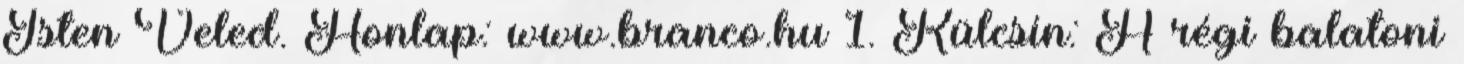
Isten Veled. Honlap: www.branco.hu 1. Külcsín: A régi balatoni